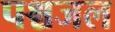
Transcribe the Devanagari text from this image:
पश्चजल